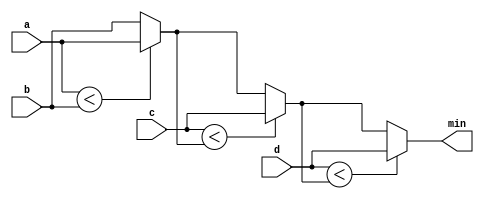
// (condition ? if_true : if_false) instead of if-then inside a combinational always block

module top_module (
  input [7:0] a, b, c, d,
  output [7:0] min);//

 // assign intermediate_result1 = compare? true: false;
  wire [7:0] min_ab, min_abc, min_abcd;
    
  assign min_ab = (a < b) ? a : b;
  assign min_abc = (c < min_ab) ? c : min_ab;
  assign min_abcd = (d < min_abc) ? d : min_abc;
  assign min = min_abcd;

endmodule